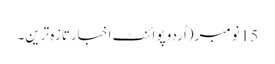
15 نومبر(اُردو پوائنٹ اخبارتازہ ترین۔